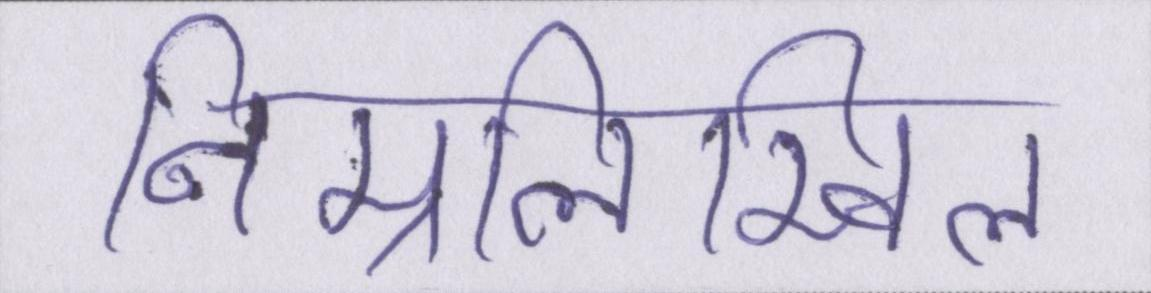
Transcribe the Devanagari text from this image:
निम्नलिखिल